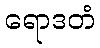
ရောဒတံ